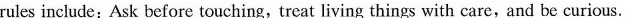
rules include:Ask before touching,treat living things with care,and be curious.